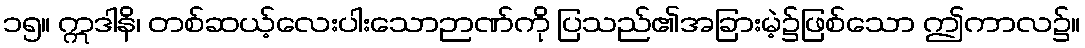
၁၅။ ဣဒါနိ၊ တစ်ဆယ့်လေးပါးသောဉာဏ်ကို ပြသည်၏အခြားမဲ့၌ဖြစ်သော ဤကာလ၌။